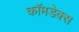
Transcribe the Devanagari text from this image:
कॉमडेक्स